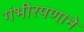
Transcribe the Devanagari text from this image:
गंभीरपणाने